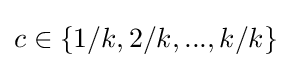
c\in \{1/k,2/k,...,k/k\}